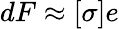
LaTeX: dF\approx[\sigma]e